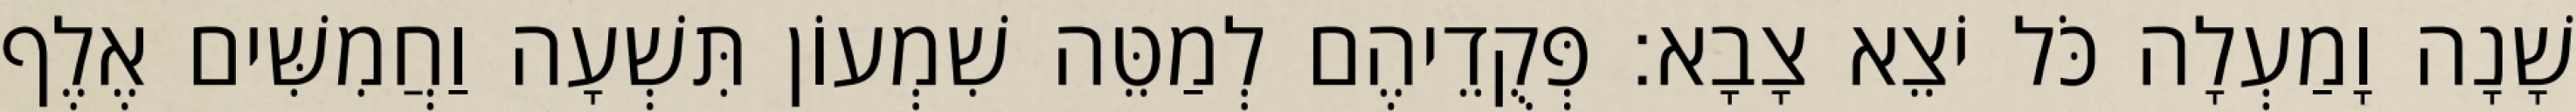
שָׁנָה וָמַעְלָה כֹּל יֹצֵא צָבָא׃ פְּקֻדֵיהֶם לְמַטֵּה שִׁמְעוֹן תִּשְׁעָה וַחֲמִשִּׁים אֶלֶף